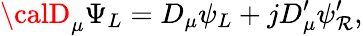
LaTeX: {\calD}_{\mu}\Psi_{L}=D_{\mu}\psi_{L}+jD_{\mu}^{\prime}\psi_{\mathcal{R}}^{\prime},